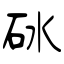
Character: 砅